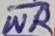
Text: WR